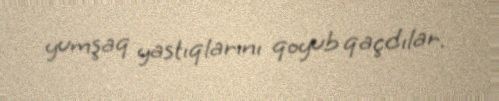
yumşaq yastıqlarını qoyub qaçdılar.